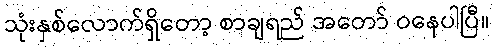
သုံးနှစ်လောက်ရှိတော့ စာချရည် အတော် ဝနေပါပြီ။